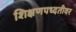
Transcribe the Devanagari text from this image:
शिक्षणपध्दतीवर